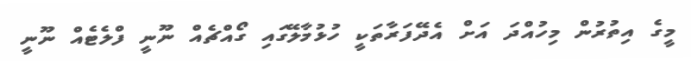
މީގެ އިތުރުން މިހުއްދަ އަށް އެދޭފަރާތަކީ ހުޅުމާލޭގައި ގޯއްޗެއް ނޫނީ ފްލެޓެއް ނޫނީ